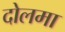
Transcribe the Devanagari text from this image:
दोलमा